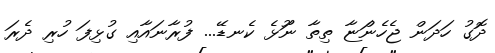
ދޮގު ހަދަން ޖެހެންަޏާ ތިތާ ނަޫޅެ ކެނޑޭ... ފުރާނައާއި ގުޅިފަ ހުރި ދެރަ